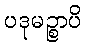
ပဒုမဉ္စာပိ